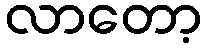
လာတော့